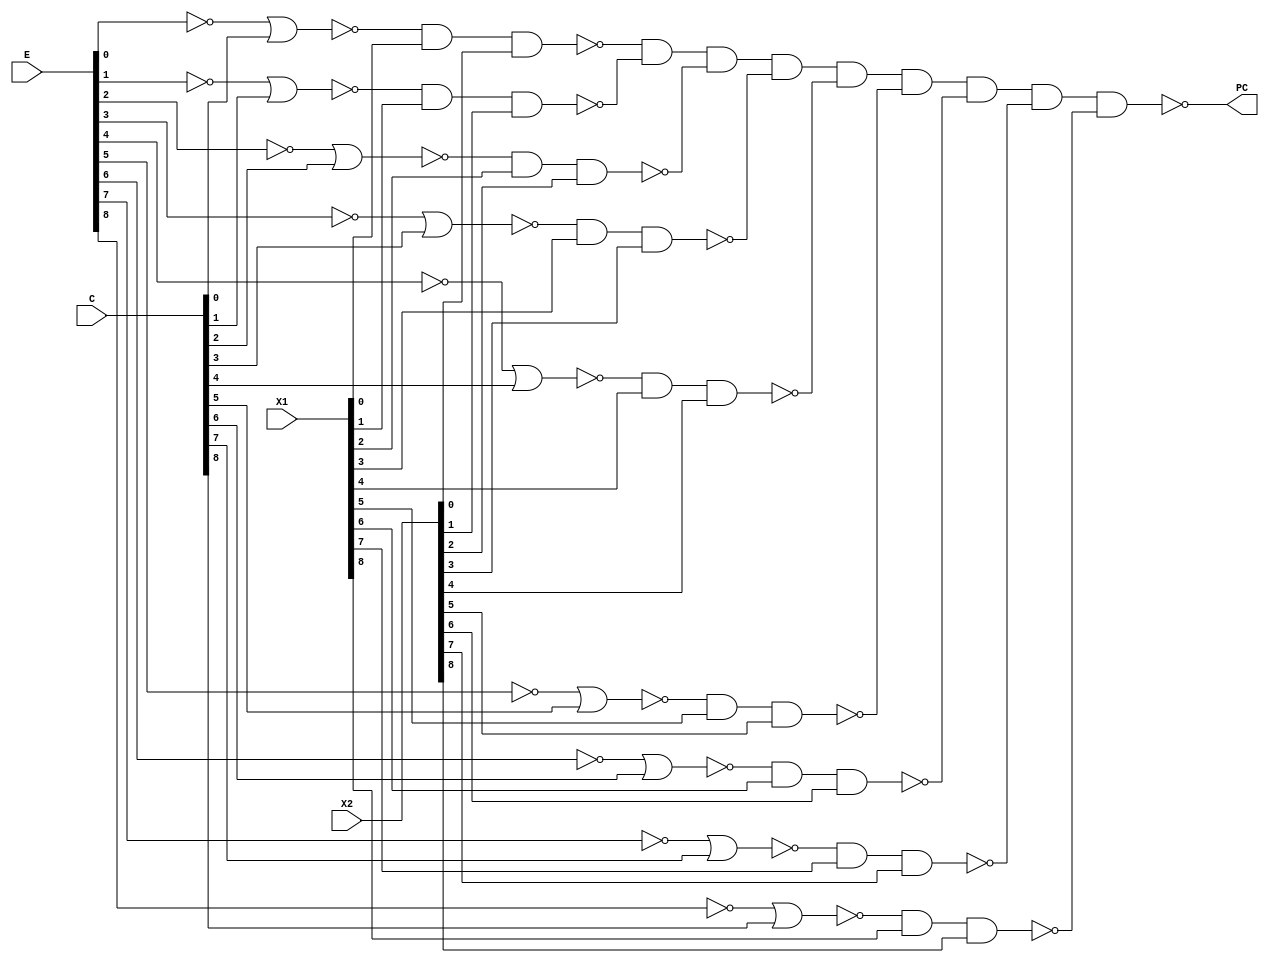
module PriorityC(E, X1, X2, C, PC);

  input[8:0] E, X1, X2, C;
  output     PC;
  
  wire [8:0] Eb, EbC, XEC;

  not Eb0(Eb[0], E[0]);
  not Eb1(Eb[1], E[1]);
  not Eb2(Eb[2], E[2]);
  not Eb3(Eb[3], E[3]);
  not Eb4(Eb[4], E[4]);
  not Eb5(Eb[5], E[5]);
  not Eb6(Eb[6], E[6]);
  not Eb7(Eb[7], E[7]);
  not Eb8(Eb[8], E[8]);
    
  nor EbC0(EbC[0], Eb[0], C[0]);
  nor EbC1(EbC[1], Eb[1], C[1]);
  nor EbC2(EbC[2], Eb[2], C[2]);
  nor EbC3(EbC[3], Eb[3], C[3]);
  nor EbC4(EbC[4], Eb[4], C[4]);
  nor EbC5(EbC[5], Eb[5], C[5]);
  nor EbC6(EbC[6], Eb[6], C[6]);
  nor EbC7(EbC[7], Eb[7], C[7]);
  nor EbC8(EbC[8], Eb[8], C[8]);

  nand XEC0(XEC[0], EbC[0], X1[0], X2[0]); 
  nand XEC1(XEC[1], EbC[1], X1[1], X2[1]); 
  nand XEC2(XEC[2], EbC[2], X1[2], X2[2]); 
  nand XEC3(XEC[3], EbC[3], X1[3], X2[3]); 
  nand XEC4(XEC[4], EbC[4], X1[4], X2[4]); 
  nand XEC5(XEC[5], EbC[5], X1[5], X2[5]); 
  nand XEC6(XEC[6], EbC[6], X1[6], X2[6]); 
  nand XEC7(XEC[7], EbC[7], X1[7], X2[7]); 
  nand XEC8(XEC[8], EbC[8], X1[8], X2[8]); 

  and PCigate(PCi, XEC[0],XEC[1],XEC[2],XEC[3],XEC[4],XEC[5],XEC[6],XEC[7]);
  nand PCgate(PC, PCi, XEC[8]);

endmodule /*PriorityC */